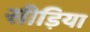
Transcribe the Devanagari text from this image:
सीड़िया